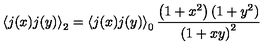
\left\langle j ( x ) j ( y ) \right\rangle _ { 2 } = \left\langle j ( x ) j ( y ) \right\rangle _ { 0 } \frac { \left( 1 + x ^ { 2 } \right) ( 1 + y ^ { 2 } ) } { \left( 1 + x y \right) ^ { 2 } }